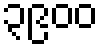
၃၉၀၀